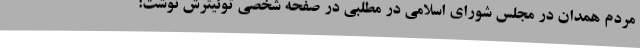
مردم همدان در مجلس شورای اسلامی در مطلبی در صفحه شخصی توئیترش نوشت: